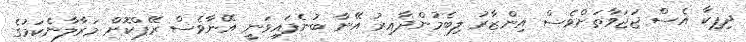
ދިޕިކާ އެސް ޖަޖަވާތަށްވެސް އިންޒާރު ލިބެމުންދާއިރު އޭނާ ބުނެފައިވަނީ އޭނާވެސް ރޭޕްކޮށް މަރާލާނެކަމުގެ